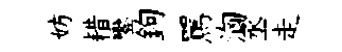
妨耤鑾鉤罵洶丞走